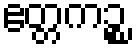
ဧတ္တကဉ္စ